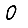
Digit: 0